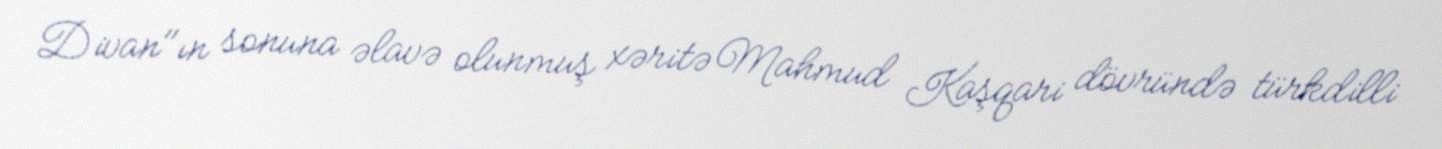
Divan"ın sonuna əlavə olunmuş xəritə Mahmud Kaşqari dövründə türkdilli